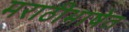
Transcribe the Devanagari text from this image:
मराठीभाषेत